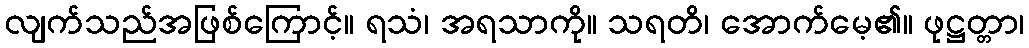
လျက်သည်အဖြစ်ကြောင့်။ ရသံ၊ အရသာကို။ သရတိ၊ အောက်မေ့၏။ ဖုဋ္ဌတ္တာ၊